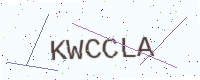
Text: KWCCLA